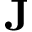
{ \bf J }